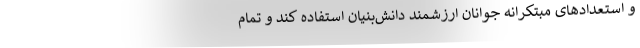
و استعدادهای مبتکرانه جوانان ارزشمند دانش‌بنیان استفاده کند و تمام